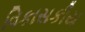
વિકાસકીય